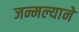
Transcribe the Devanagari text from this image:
जन्मल्याने